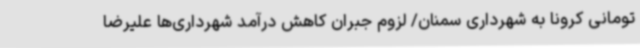
تومانی کرونا به شهرداری سمنان/ لزوم جبران کاهش درآمد شهرداری‌ها علیرضا